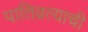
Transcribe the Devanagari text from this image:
पातिव्रत्याची